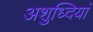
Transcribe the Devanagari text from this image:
अशुध्दियां